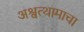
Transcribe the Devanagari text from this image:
अश्वत्थामाचा